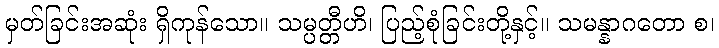
မှတ်ခြင်းအဆုံး ရှိကုန်သော။ သမ္ပတ္တီဟိ၊ ပြည့်စုံခြင်းတို့နှင့်။ သမန္နာဂတော စ၊